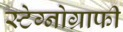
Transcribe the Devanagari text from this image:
स्टेग्नोग्राफी